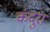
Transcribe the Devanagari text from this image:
कंदुरा